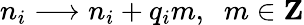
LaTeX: n_{i}\longrightarrow n_{i}+q_{i}m,\; \; m\in{\mathbf Z}